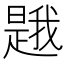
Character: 𭧦